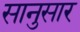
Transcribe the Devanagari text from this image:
सानुसार